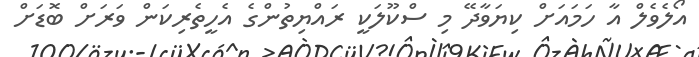
އޯލެވެލް އާ ހަމައަށް ކިޔަވާދޭ މި ސްކޫލަކީ ރައްޔިތުންގެ އެހީތެރިކަން ވަރަށް ބޮޑަށް